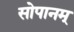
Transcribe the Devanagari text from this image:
सोपानम्